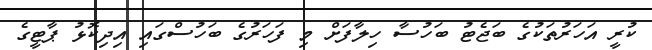
ކުރީ އަހަރުތަކުގެ ބަޖެޓު ބަހުސާ ހިލާފަށް މި ފަހަރުގެ ބަހުސްގައި އިދިކޮޅު ޕާޓީގެ